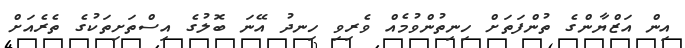
އިން އަޒްޔާންގެ ތުންފަތަށް ހިނިތުންވުމެއް ވެރިވި ހިނދު އޭނަ ބޮލުގެ އިސްތަށިތަކުގެ ތެރެއަށް